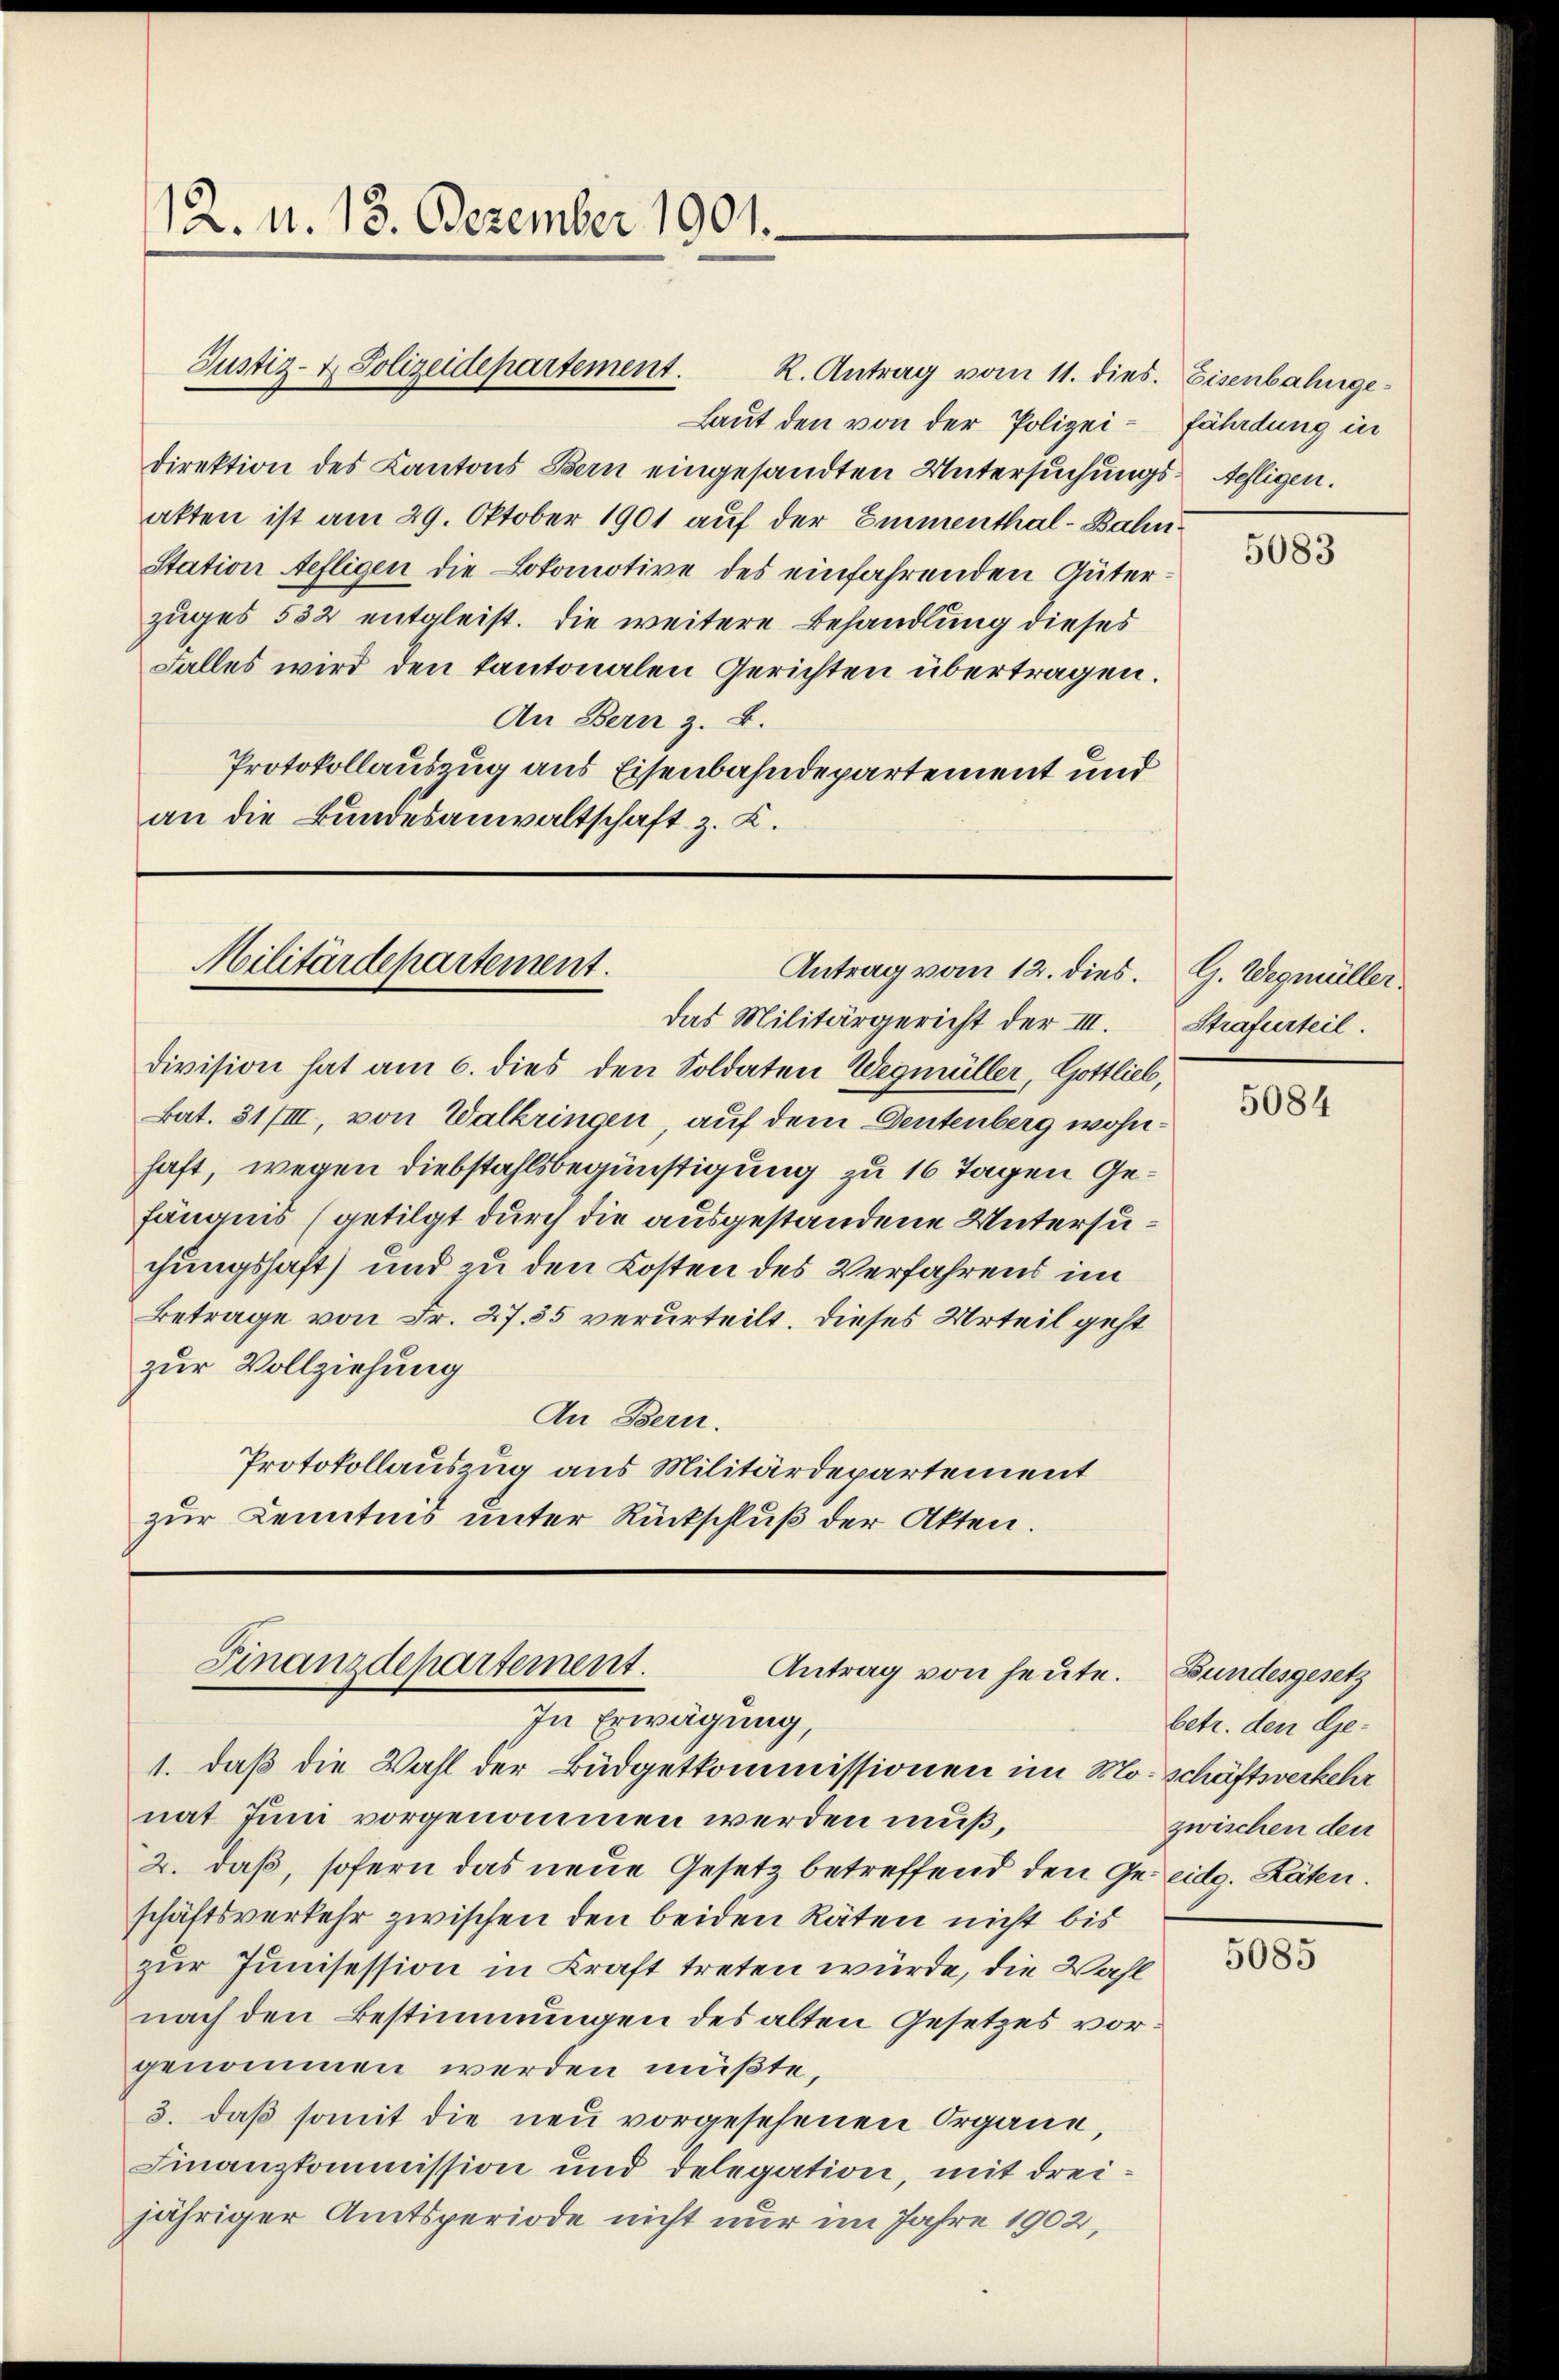
12. d. 13. Dezember 1901.

R. Antrag vom 11. dies. Eisenbahnge¬
Laut den von der Polizei¬
Direktion des Kantons Bern eingesandten Untersuchungs-Aefligen.
atten ist am 29. Oktober 1901 auf der Emmenthal-Bahn¬
Station Aefligen die Lokomotive des einfahrenden Güterzuges 532 entgleist. Die weitere Behandlung dieses
Falles wird den kantonalen Gerichten übertragen.
An Bern z. B.
Protokollauszug aus Eisenbahndepartement und
an die Bundesanwaltschaft z. K.

Justiz- & Polizeidepartement.

Militärdepartement.
Antrag vom 12. dies.

das Militärgericht der III.
division hat am 6. dies den Soldaten Wegmüller, Gottlieb,
Bat. 31/III, von Walkringen, auf dem Deutenberg wohnhaft, wegen Diebstahlsbegünstigung zu 16 Tagen Gefängnis (getilgt durch die ausgestandene Untersuchungshaft) und zu den Kosten des Verfahrens im
Betrage von Fr. 27. 35 verurteilt. Dieses Urteil geht
zur Vollziehung
An Bern.
Protokollauszug aus Militärdepartement
zur Kenntnis unter Rückschluß der Akten.

Finanzdepartement.
Antrag von heute.

In Erwägung,
1. daß die Wahl der Büdgetkommissionen im Morschäftsverkehr
nat Juni vorgenommen werden muß,
2. daß, sofern das neue Gesetz betreffend den Ge- eidg. Räten.
schäftsverkehr zwischen den beiden Räten nicht bis
zur Junisession in Kraft treten würde, die Wahl
nach den Bestimmungen des alten Gesetzes vor
genommen werden müßte,
3. daß somit die neu vorgesehenen Organe,
Finanzkommission und delegation, mit dreijähriger Amtsperiode nicht nur im Jahre 1902,

fährdung in

5083

G. Wegmüller.
Strafurteil.

5084

Bundesgesetz
betr. den Gezwischen den

5085